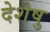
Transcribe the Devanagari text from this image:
देशेषु